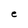
Character: e